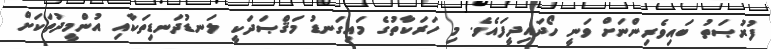
ފުރުޞަތު ބައިވެރިންނަށް ވަނީ ހޯދައިދީފައެވެ. މި ހަރަކާތުގެ މައިގަނޑު މަޤްޞަދަކީ ލަނޑުދަނޑިތަކާއި އުންމީދުތަކަށް